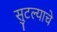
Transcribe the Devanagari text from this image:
सुटल्याचे